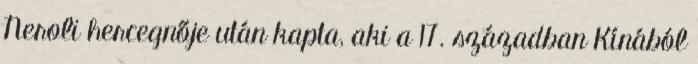
Neroli hercegnője után kapta, aki a 17. században Kínából